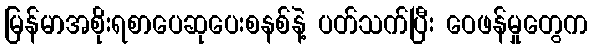
မြန်မာအစိုးရစာပေဆုပေးစနစ်နဲ့ ပတ်သက်ပြီး ဝေဖန်မှုတွေက